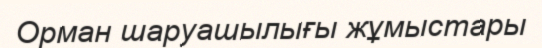
Орман шаруашылығы жұмыстары